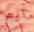
أنم